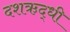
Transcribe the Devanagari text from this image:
दशऋद्धी